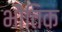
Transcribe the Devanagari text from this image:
भोैतिक